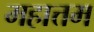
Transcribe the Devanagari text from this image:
महात्तम